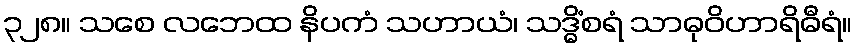
၃၂၈။ သစေ လဘေထ နိပကံ သဟာယံ၊ သဒ္ဓိံစရံ သာဓုဝိဟာရိဓီရံ။